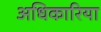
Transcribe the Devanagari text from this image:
अधिकारिया